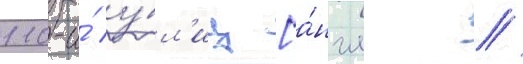
110-и́ у́л'иц [а́нгл. //